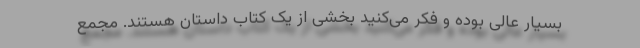
بسیار عالی بوده و فکر می‌کنید بخشی از یک کتاب داستان هستند. مجمع